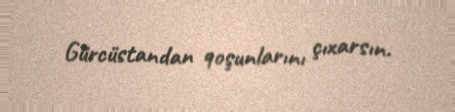
Gürcüstandan qoşunlarını çıxarsın.